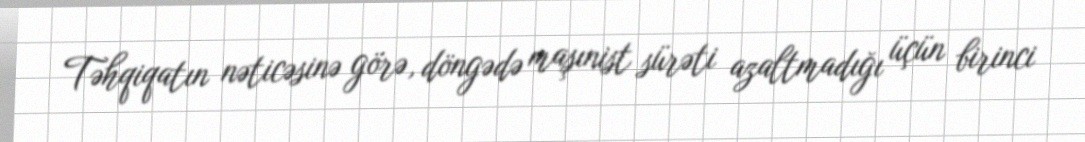
Təhqiqatın nəticəsinə görə, döngədə maşınist sürəti azaltmadığı üçün birinci